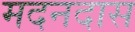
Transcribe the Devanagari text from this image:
मदनदास